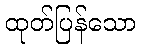
ထုတ်ပြန်သော